Medical and sanitary report of the native army of Bengal for the year
Year: 1875
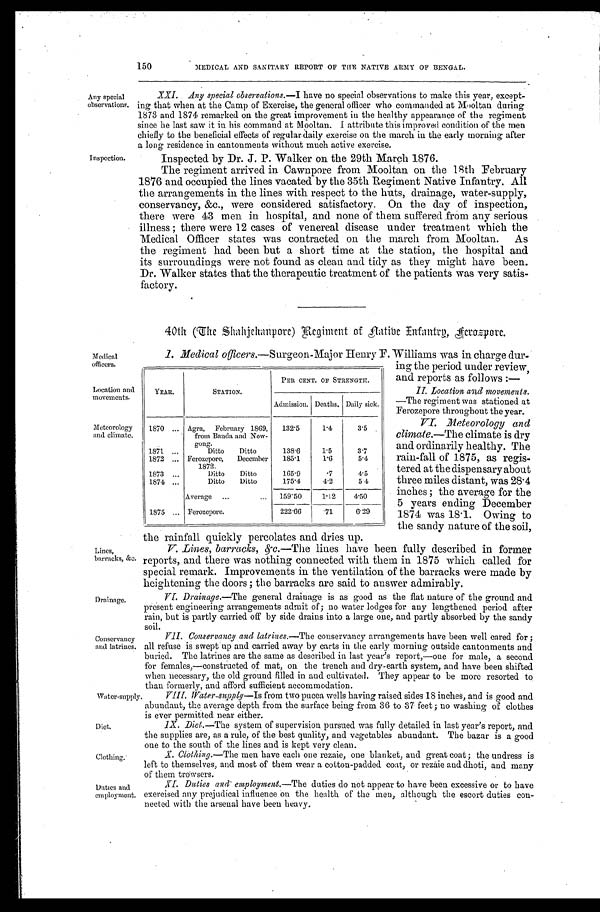
Water-supply.
Diet.
Clothing.
Duties and
employment.
150
MEDICAL AND SANITARY REPORT OF THE NATIVE ARMY OF BENGAL.
Any special
observations.
Inspection.
XXI. Any special observations.—I have no special observations to make this year, except
-ing that when at the Camp of Exercise, the general officer who commanded at Mooltan during
1873 and 1874 remarked on the great improvement in the healthy appearance of the regiment
since he last saw it in his command at Mooltan. I attribute this improved condition of the men
chiefly to the beneficial effects of regular daily exercise on the march in the early morning after
a long residence in cantonments without much active exercise.
Inspected by Dr. J. P. Walker an the 29th March 1876.
The regiment arrived in Cawnpore from Mooltan on the 18th February
1876 and occupied the lines vacated by the 35th Regiment Native Infantry. All
the arrangements in the lines with respect to the huts, drainage, water-supply,
conservancy, &c., were considered satisfactory. On the day of inspection,
there were 43 men in hospital, and none of them suffered from any serious
illness ; there were 12 cases of venereal disease under treatment which the
Medical Officer states was contracted on the march from Mooltan. As
the regiment had been but a short time at the station, the hospital and
its surroundings were not found as clean and tidy as they might have been.
Dr. Walker states that the therapeutic treatment of the patients was very satis
-factory.
40th The Shahjehanpore Regiment of Aatibe Enfantry, Aerospore .
Medical
officers.
Location and
movements.
Meteorology
and climate.
Lines,
barracks, &c.
Drainage.
Conservancy
and latrines.
I. Medical officers .—Surgeon-Major Henry F. Williams was in charge dur
-ing the period under review,
and reports as follows :—
II. Location and movements
—The regiment was stationed at
Ferozepore throughout the year.
VI. Meteorology and
climate.—The climate is dry
and ordinarily healthy. The
rain-fall of 1875, as regis
- t e r e d a t t h e d i s p e n s a r y a b o u t
three miles distant, was 28.4
inches ; the average for the
5 years ending December
1874 was 18.1. Owing to
the sandy nature of the soil,
the rainfall quickly percolates and dries up.
V. Lines, barracks, &c. — T h e
l i n e s h a v e b e e n f u l l y d e s c r i b e d i n f o r m e r
reports, and there was nothing connected with them in 1875 which called for
special remark. Improvements in the ventilation of the barracks were made by
heightening the doors ; the barracks are said to answer admirably.
VI. Drainage .—The general drainage is as good as the flat nature of the ground and
present engineering arrangements admit of; no water lodges for any lengthened period after
rain, but is partly carried off by side drains into a large one, and partly absorbed by the sandy
soil.
VII. Conservancy and latrines .—The conservancy arrangements have been well cared for ;
all refuse is swept up and carried away by carts in the early morning outside cantonments and
buried. The latrines are the same as described in last year's report,—one for male, a second
for females,—constructed of mat, on the trench and dry-earth system, and have been shifted
when necessary, the old ground filled in and cultivated. They appear to be more resorted to
than formerly, and afford sufficient accommodation.
YEAR.
STATION.
PER CENT. OF STRENGTH.
Admission. Deaths. Daily sick.
1870 . . .
Agra, February 1869,
from Banda and Now -
gong.
132.5
1.4
3.5
1871 . . .
Ditto Ditto
138.6
1.5
3.7
1872 . . .
Ferozepore, December
1872.
185.1
1.6
5.4
1873 . . .
Ditto Ditto
165.9
.7
4.5
1874 . . .
Ditto Ditto
175.4
4.2
5.4
Average . . .
159.50
1.12
4.50
1875 . . .
Ferozepore.
222.66
.71
6.29
VIII. Water-supply—Is from two pucca wells having raised sides 18 inches, and is good and
abundant, the average depth from the surface being from 36 to 37 feet ; no washing of clothes
is ever permitted near either.
IX. Diet .—The system of supervision pursued was fully detailed in last year's report, and
the supplies are, as a rule, of the best quality, and vegetables abundant. The bazar is a good
one to the south of the lines and is kept very clean.
X. Clothing .—The men have each one rezaie, one blanket, and great coat ; the undress is
left to themselves, and most of them wear a cotton-padded coat, or rezåie and dhoti, and many
of them trowsers.
XI. Duties and employment.—The duties do not appear to have been excessive or to have
exercised any prejudical influence on the health of the men, although the escort duties con
-nected with the arsenal have been heavy.